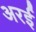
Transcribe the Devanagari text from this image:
अरई